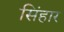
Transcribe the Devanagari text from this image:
सिंहार